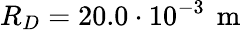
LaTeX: R_{D}=20.0\cdot 10^{-3}\, \mathrm{~m~}